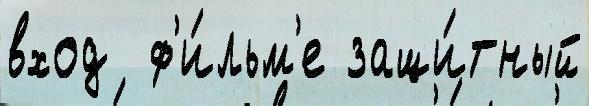
вход  ф'и́льм'е защи́тный